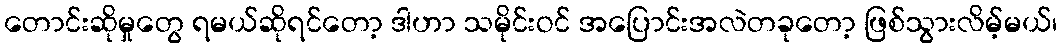
တောင်းဆိုမှုတွေ ရမယ်ဆိုရင်တော့ ဒါဟာ သမိုင်းဝင် အပြောင်းအလဲတခုတော့ ဖြစ်သွားလိမ့်မယ်၊